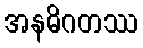
အနဓိဂတဿ